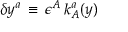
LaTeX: \delta y ^ { a } \, \equiv \, \epsilon ^ { A } \, k _ { A } ^ { a } ( y )